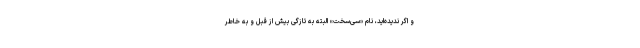
و اگر ندیده‌اید، نام «سی‌سخت» البته به تازگی بیش از قبل و به خاطر